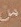
من